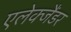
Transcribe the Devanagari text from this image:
एलेक्जैंडर